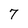
Character: 7